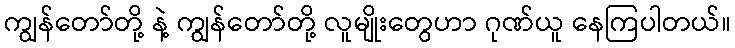
ကျွန်တော်တို့ နဲ့ ကျွန်တော်တို့ လူမျိုးတွေဟာ ဂုဏ်ယူ နေကြပါတယ်။